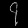
Digit: ၄